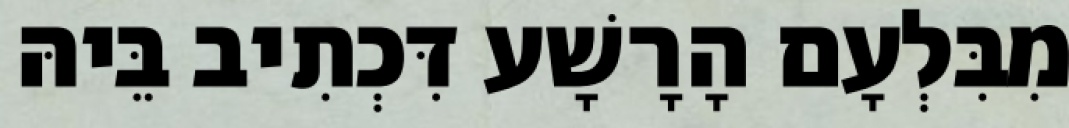
מִבִּלְעָם הָרָשָׁע דִּכְתִיב בֵּיהּ